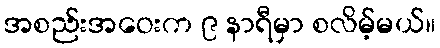
အစည်းအဝေးက ၉ နာရီမှာ စလိမ့်မယ်။